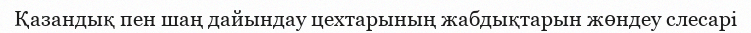
Қазандық пен шаң дайындау цехтарының жабдықтарын жөндеу слесарі